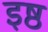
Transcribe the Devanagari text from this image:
इष्ठ